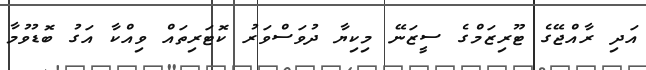
އަދި ރާއްޖޭގެ ޓޫރިޒަމްގެ ސީޒަނޭ މިކިޔާ ދުވަސްވަރު ކޮޓަރިތައް ވިއްކާ އަގު ބޮޑުވުމާ